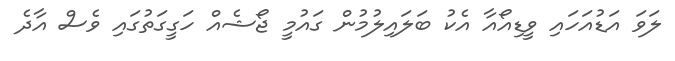
ލަވަ އަޑުއަހައި ވީޑިއޯއާ އެކު ބަލައިލުމުން ގައުމީ ޖޯޝެއް ހަގީގަތުގައި ވެސް އާދެ